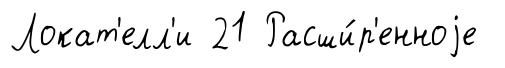
Локат'елл'и 21 Расши́р'енноjе